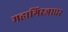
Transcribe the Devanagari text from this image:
महागिरजाघर